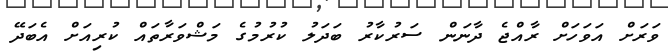
ވަރަށް އަވަހަށް ރާއްޖެ ދާނަން ސަރުކާރު ބަދަލު ކުރުމުގެ މަޝްވަރާތައް ކުރިއަށް އެބަދޭ